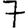
Digit: 7